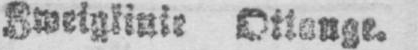
Ottange.